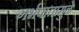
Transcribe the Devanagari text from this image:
गर्भपातामुळे